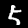
Digit: 5